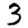
Digit: 3